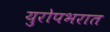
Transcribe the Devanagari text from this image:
युरोपभरात